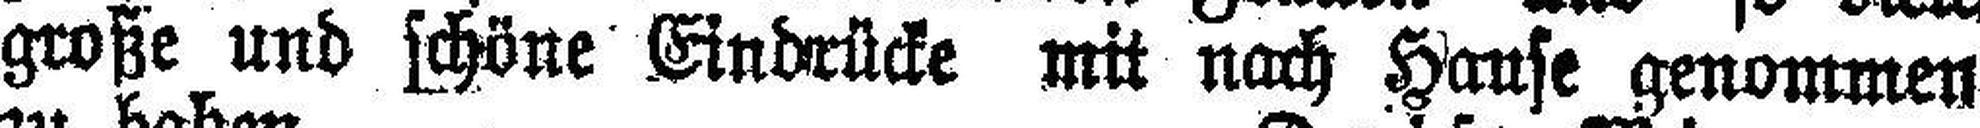
große und schöne Eindrücke mit nach Hause genommen